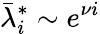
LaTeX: \bar{\lambda}_{i}^{*}\sim e^{\nu i}